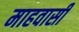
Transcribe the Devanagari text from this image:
माहवासी